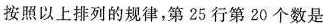
按照以上排列的规律，第25行第20个数是